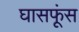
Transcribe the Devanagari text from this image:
घासफूंस